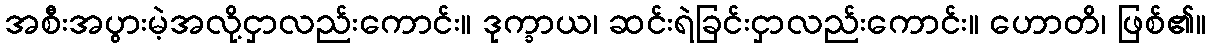
အစီးအပွားမဲ့အလို့ငှာလည်းကောင်း။ ဒုက္ခာယ၊ ဆင်းရဲခြင်းငှာလည်းကောင်း။ ဟောတိ၊ ဖြစ်၏။